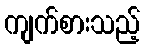
ကျက်စားသည့်